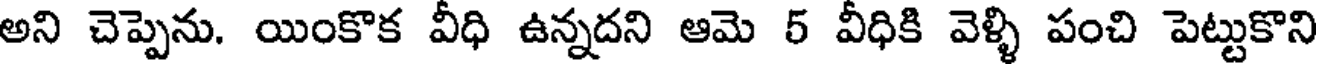
అని చెప్పెను. యింకొక వీధి ఉన్నదని ఆమె 5 వీధికి వెళ్ళి పంచి పెట్టుకొని